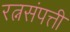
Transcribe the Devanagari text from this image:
रत्नसंपत्ती